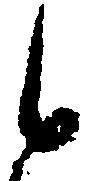
候